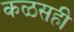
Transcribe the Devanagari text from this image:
कळसही